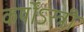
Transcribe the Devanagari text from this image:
कर्षोऽस्त्री